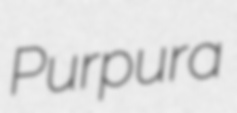
Purpura